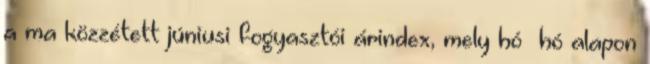
a ma közzétett júniusi fogyasztói árindex, mely hó hó alapon